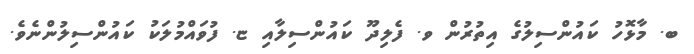
ބ. މާޅޮހު ކައުންސިލުގެ އިތުރުން ވ. ފެލިދޫ ކައުންސިލާއި ޏ. ފުވައްމުލަކު ކައުންސިލުންނެވެ.